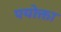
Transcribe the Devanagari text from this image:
पयोक्ता